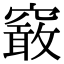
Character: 䆻